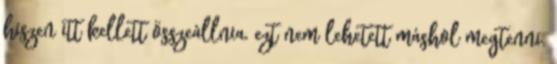
hiszen itt kellett összeállnia, ezt nem lehetett máshol megtenni.